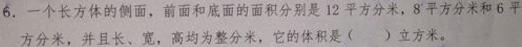
6. 一个长方体的侧面，前面和底面的面积分别是12平方分米，8平方分米和6平方分米，并且长、宽，高均为整分米，它的体积是（  ）立方分米。